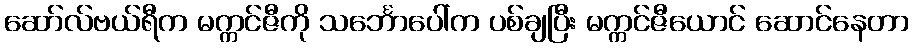
ဆော်လ်ဗယ်ရီက မက္ကင်ဇီကို သင်္ဘောပေါ်က ပစ်ချပြီး မက္ကင်ဇီယောင် ဆောင်နေတာ